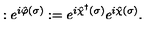
: e ^ { i \hat { \varphi } ( \sigma ) } : = e ^ { i \hat { \chi } ^ { \dagger } ( \sigma ) } e ^ { i \hat { \chi } ( \sigma ) } .